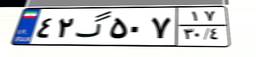
۴۲گ۵۰۷۱۷